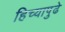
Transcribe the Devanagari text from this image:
हिच्यापुढे